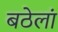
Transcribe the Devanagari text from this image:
बठेलां